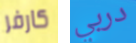
كارفر دربي